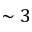
\sim 3